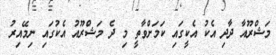
މަޝްރޫއާ ދާދި އެކު އެކީގައި ކަމަށްވާތީ މި ދެ މަޝްރޫއު އެކުގައި ނިމޭއިރު